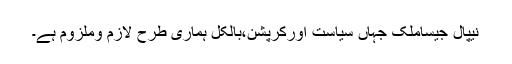
نیپال جیساملک جہاں سیاست اورکرپشن،بالکل ہماری طرح لازم وملزوم ہے۔